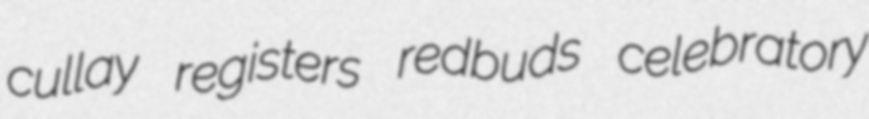
cullay registers redbuds celebratory